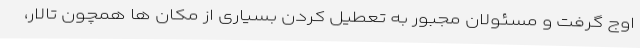
اوج گرفت و مسئولان مجبور به تعطیل کردن بسیاری از مکان ها همچون تالار،